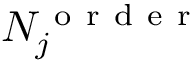
N _ { j } ^ { \mathrm { ~ o ~ r ~ d ~ e ~ r ~ } }